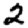
Digit: 2